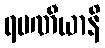
ရမဏီယာနိ